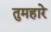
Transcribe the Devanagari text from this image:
तुमहारे